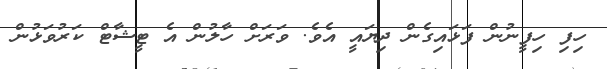
ހިފި ހިފީނުން ފަޅައިގެން ދިޔައީ އެވެ. ވަރަށް ހާލުން އެ ޓީޝާޓް ކަރުވަޅުން